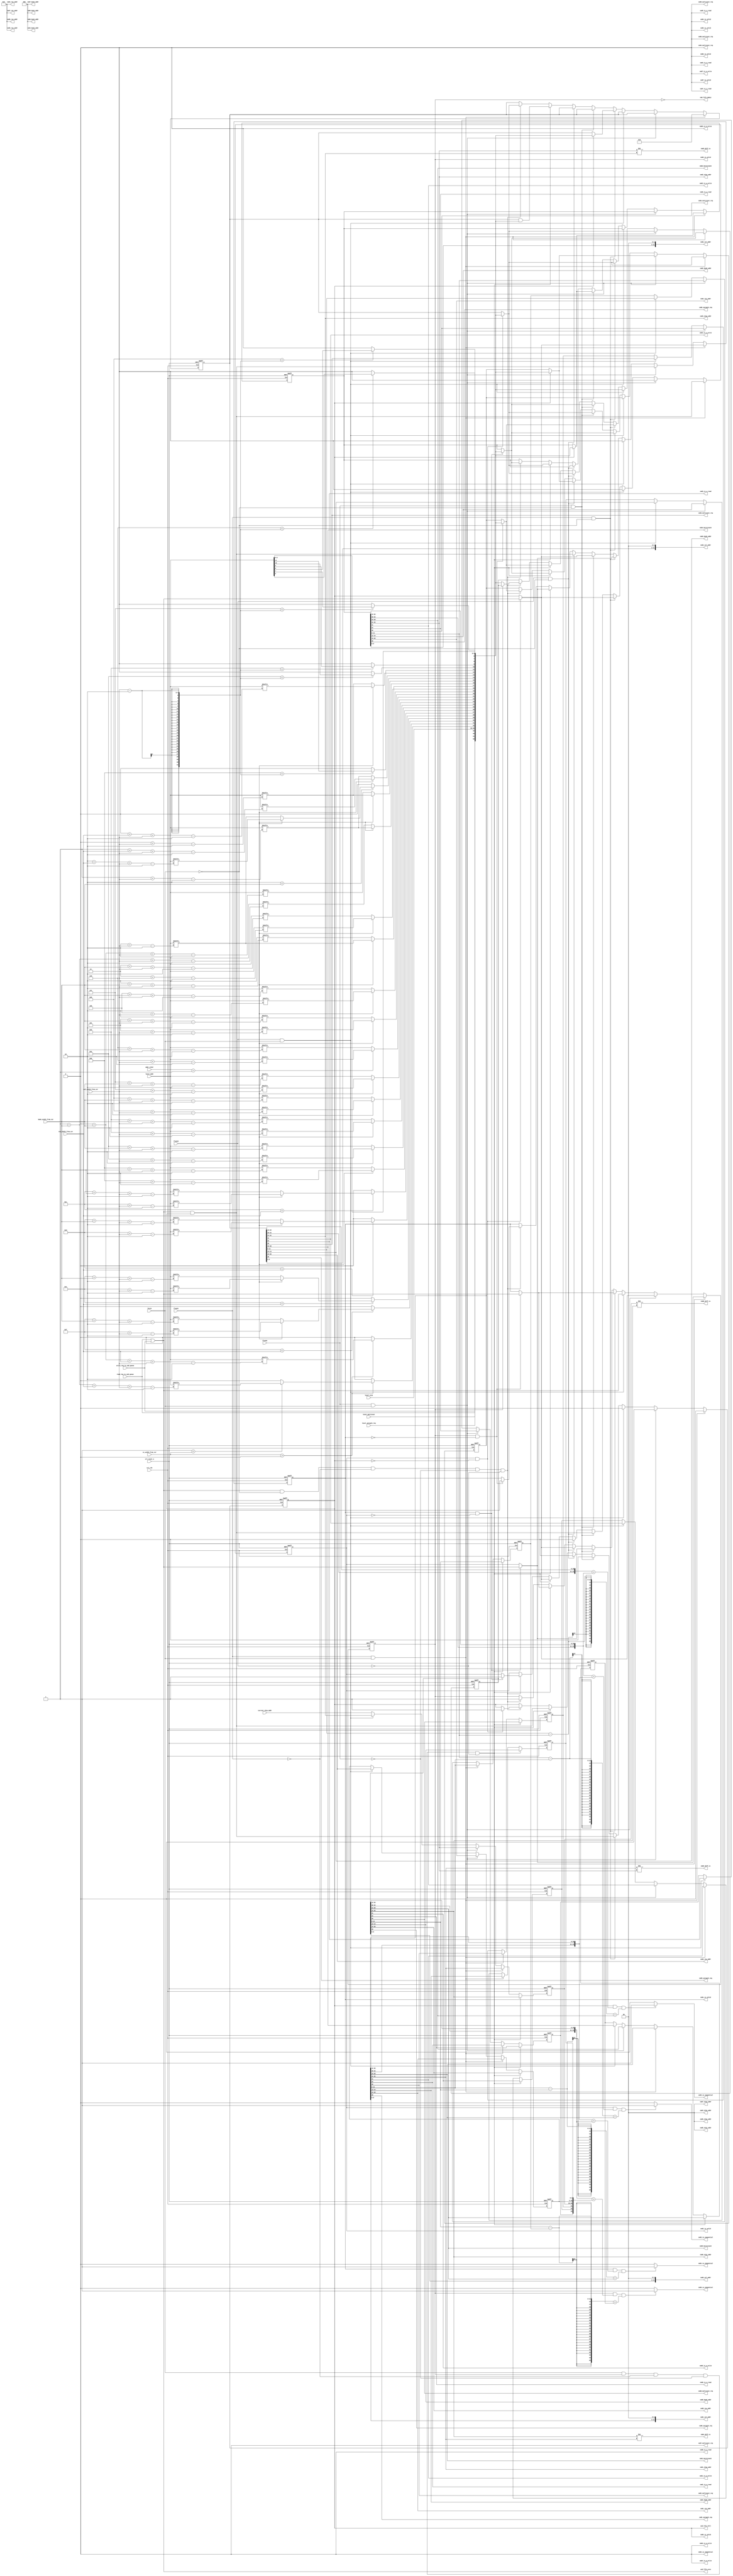
//Legal Notice: (C)2009 Altera Corporation. All rights reserved.  Your
//use of Altera Corporation's design tools, logic functions and other
//software and tools, and its AMPP partner logic functions, and any
//output files any of the foregoing (including device programming or
//simulation files), and any associated documentation or information are
//expressly subject to the terms and conditions of the Altera Program
//License Subscription Agreement or other applicable license agreement,
//including, without limitation, that your use is for the sole purpose
//of programming logic devices manufactured by Altera and sold by Altera
//or its authorized distributors.  Please refer to the applicable
//agreement for further details.

///////////////////////////////////////////////////////////////////////////////
// Title         : DDR controller Command Queue
//
//
// Abstract      : Store incoming commands
///////////////////////////////////////////////////////////////////////////////

`timescale 1 ps / 1 ps
module alt_ddrx_cmd_queue 
    # (parameter	 MEM_IF_CSR_COL_WIDTH        = 4,
                     MEM_IF_CSR_ROW_WIDTH        = 5,
                     MEM_IF_CSR_BANK_WIDTH       = 2,
                     MEM_IF_CSR_CS_WIDTH         = 2, 
                     CTL_CMD_QUEUE_DEPTH         = 4,  
                     CTL_LOOK_AHEAD_DEPTH        = 4, 
                     MEM_IF_ROW_WIDTH            = 16, 
                     MEM_IF_COL_WIDTH            = 12,  
                     MEM_IF_BA_WIDTH             = 3,  
                     MEM_IF_CHIP_BITS            = 2,  
                     LOCAL_ADDR_WIDTH            = 33, 
                     LOCAL_SIZE_WIDTH            = 6,
                     DWIDTH_RATIO                = 4,
                     MIN_COL                     = 8,
                     MIN_ROW                     = 12,
                     MIN_BANK                    = 2,
                     MIN_CS                      = 1
	 )                                        
     (
	//input
	ctl_clk       , 								
	ctl_reset_n   ,                                                 		                                                	        
	read_req_to_cmd_queue  ,                                               		
	write_req_to_cmd_queue ,                                               		
	local_size      ,                                               		
	local_autopch_req ,  
    local_multicast ,
	local_addr  	,                                               		
	                                                                                
	//input from CSR block                                          		
	addr_order,  
    col_width_from_csr,
	row_width_from_csr,
	bank_width_from_csr, 
	cs_width_from_csr,
	                                                                                
	//input from State Machine                                      		
	fetch,                                                     		      
	flush1,                                                     	        
	flush2,                                                     		
	flush3,                                                     		
                                                                        		
	//output                                                        		
	cmd_fifo_empty, 			                                        
	cmd_fifo_full,   
	cmd_fifo_wren,
    current_chip_addr,
    
	cmd0_is_a_read,                                                                 
	cmd0_is_a_write,                                                                
	cmd0_autopch_req,                                                            
	cmd0_burstcount,                                                                
	cmd0_chip_addr,                                                                 
	cmd0_row_addr,                                                                  
	cmd0_bank_addr,                                                                 
	cmd0_col_addr,	
	cmd0_is_sequential, 
	cmd0_is_valid,   
    cmd0_diff_cs,
    cmd0_multicast_req,
	                                                                                
	cmd1_is_a_read,                                                                 
	cmd1_is_a_write,  
    cmd1_autopch_req,                                                            
	cmd1_burstcount,  
	cmd1_chip_addr,                                                                 
	cmd1_row_addr,                                                                  
	cmd1_bank_addr,	
    cmd1_col_addr,
	cmd1_is_sequential,                                             		
	cmd1_is_valid,   
    cmd1_diff_cs,
    cmd1_multicast_req,
	                                                                                
	cmd2_is_a_read,                                                                 
	cmd2_is_a_write,  
    cmd2_autopch_req,                                                            
	cmd2_burstcount, 
    cmd2_chip_addr,                                                                 
	cmd2_row_addr,                                                                  
	cmd2_bank_addr,	
    cmd2_col_addr,
	cmd2_is_sequential,                                             		
	cmd2_is_valid,  
    cmd2_diff_cs,
    cmd2_multicast_req,
     
    cmd3_is_a_read,                                                                 
	cmd3_is_a_write,  
    cmd3_autopch_req,                                                            
	cmd3_burstcount,
    cmd3_col_addr,
    cmd3_is_sequential,
	cmd3_chip_addr,                                                                 
	cmd3_row_addr,                                                                  
	cmd3_bank_addr,		                                                                                                    		
	cmd3_is_valid, 
    cmd3_diff_cs,
	cmd3_multicast_req,
    
    cmd4_is_a_read,                                                                 
	cmd4_is_a_write,
    cmd4_is_sequential,
	cmd4_is_valid,                                                  		                                                           
	cmd4_chip_addr,                                                                 
	cmd4_row_addr,                                                  		
	cmd4_bank_addr,    
    cmd4_multicast_req,
	
    cmd5_is_a_read,                                                                 
	cmd5_is_a_write,
	cmd5_is_valid,                                                  		                                                          
	cmd5_chip_addr,                                                                 
	cmd5_row_addr,                                                  		
	cmd5_bank_addr,   
    cmd5_multicast_req,
	
    cmd6_is_a_read,                                                                 
	cmd6_is_a_write,
	cmd6_is_valid,                                                  		                                                         
	cmd6_chip_addr,                                                                 
	cmd6_row_addr,                                                  		
	cmd6_bank_addr,  
    cmd6_multicast_req,
	
    cmd7_is_a_read,                                                                 
	cmd7_is_a_write,
	cmd7_is_valid,                                                  		
	cmd7_chip_addr,                                                         
	cmd7_row_addr,                                                  		
	cmd7_bank_addr,
    cmd7_multicast_req
    ); 
    localparam   BUFFER_WIDTH         = 1 + 1 + 1 + 1 + LOCAL_SIZE_WIDTH + MEM_IF_CHIP_BITS + MEM_IF_BA_WIDTH + MEM_IF_ROW_WIDTH + MEM_IF_COL_WIDTH;
    localparam   THIS_ENTRY_WIDTH     = 1 + 1 + 1 + MEM_IF_CHIP_BITS + MEM_IF_BA_WIDTH + MEM_IF_ROW_WIDTH + MEM_IF_COL_WIDTH;
    localparam   MAX_COL              = MEM_IF_COL_WIDTH;
    localparam   MAX_ROW              = MEM_IF_ROW_WIDTH;
    localparam   MAX_BANK             = MEM_IF_BA_WIDTH;
    localparam   MAX_CS               = MEM_IF_CHIP_BITS;
    
    input                		          ctl_clk       	; 	// controller clock
    input                		          ctl_reset_n   	; 	// controller reset_n, synchronous to ctl_clk
	                 		              
	input 		     		              read_req_to_cmd_queue  	;
	input 		     		              write_req_to_cmd_queue 	;
	input [LOCAL_SIZE_WIDTH-1:0]          local_size      	;
	input		     		              local_autopch_req ;
    input                                 local_multicast   ;
	input [LOCAL_ADDR_WIDTH-1:0]          local_addr  	    ;
	output               		          cmd_fifo_empty	;      
	output               		          cmd_fifo_full	    ;    
    output                                cmd_fifo_wren     ;
	
	// input from CSR
	input [1:0]	addr_order;
    input [MEM_IF_CSR_COL_WIDTH-1:0]      col_width_from_csr;                      
	input [MEM_IF_CSR_ROW_WIDTH-1:0]      row_width_from_csr; 
    input [MEM_IF_CSR_BANK_WIDTH-1:0]     bank_width_from_csr; 
    input [MEM_IF_CSR_CS_WIDTH-1:0]       cs_width_from_csr; 
    
	//input from State Machine
	input 				                  fetch;	
	input 				                  flush1;
	input 				                  flush2;
	input 				                  flush3;
    input [MEM_IF_CHIP_BITS-1:0]          current_chip_addr;
	
	output               		          cmd0_is_valid;
	output 				                  cmd0_is_sequential;
    output                		          cmd0_is_a_read;
    output                		          cmd0_is_a_write;
	output		     		              cmd0_autopch_req;
    output [LOCAL_SIZE_WIDTH-1:0]         cmd0_burstcount;
    output [MEM_IF_CHIP_BITS-1:0]         cmd0_chip_addr;
	output [MEM_IF_ROW_WIDTH-1:0]         cmd0_row_addr;
	output [MEM_IF_BA_WIDTH-1:0]          cmd0_bank_addr;
	output [MEM_IF_COL_WIDTH-1:0]         cmd0_col_addr;
    output                                cmd0_diff_cs;
    output                                cmd0_multicast_req;
	
	output               		          cmd1_is_valid;
	output				                  cmd1_is_sequential;
    output                		          cmd1_is_a_read;
    output                		          cmd1_is_a_write;
    output		     		              cmd1_autopch_req;
    output [LOCAL_SIZE_WIDTH-1:0]         cmd1_burstcount;
    output [MEM_IF_COL_WIDTH-1:0]         cmd1_col_addr;
    output [MEM_IF_CHIP_BITS-1:0]         cmd1_chip_addr;
	output [MEM_IF_ROW_WIDTH-1:0]         cmd1_row_addr;
	output [MEM_IF_BA_WIDTH-1:0]          cmd1_bank_addr;
    output                                cmd1_diff_cs;
    output                                cmd1_multicast_req;
	
	output               		          cmd2_is_valid;
	output				                  cmd2_is_sequential;
    output                		          cmd2_is_a_read;
    output                		          cmd2_is_a_write;
    output		     		              cmd2_autopch_req;
    output [LOCAL_SIZE_WIDTH-1:0]         cmd2_burstcount;
    output [MEM_IF_COL_WIDTH-1:0]         cmd2_col_addr;
    output [MEM_IF_CHIP_BITS-1:0]         cmd2_chip_addr;
	output [MEM_IF_ROW_WIDTH-1:0]         cmd2_row_addr;
	output [MEM_IF_BA_WIDTH-1:0]          cmd2_bank_addr;
    output                                cmd2_diff_cs;
    output                                cmd2_multicast_req;
	
	output               		          cmd3_is_valid;
    output                                cmd3_is_sequential;
    output                		          cmd3_is_a_read;
    output                		          cmd3_is_a_write;
    output		     		              cmd3_autopch_req;
    output [LOCAL_SIZE_WIDTH-1:0]         cmd3_burstcount;
    output [MEM_IF_COL_WIDTH-1:0]         cmd3_col_addr;
    output [MEM_IF_CHIP_BITS-1:0]         cmd3_chip_addr;
	output [MEM_IF_ROW_WIDTH-1:0]         cmd3_row_addr;
	output [MEM_IF_BA_WIDTH-1:0]          cmd3_bank_addr;
    output                                cmd3_diff_cs;
    output                                cmd3_multicast_req;
	
    output                		          cmd4_is_a_read;
    output                		          cmd4_is_a_write;
    output                                cmd4_is_sequential;
	output               		          cmd4_is_valid;
	output [MEM_IF_CHIP_BITS-1:0]         cmd4_chip_addr;
	output [MEM_IF_ROW_WIDTH-1:0]         cmd4_row_addr;
	output [MEM_IF_BA_WIDTH-1:0]          cmd4_bank_addr;
    output                                cmd4_multicast_req;
    
    output                		          cmd5_is_a_read;
    output                		          cmd5_is_a_write;
	output               		          cmd5_is_valid;
	output [MEM_IF_CHIP_BITS-1:0]         cmd5_chip_addr;
	output [MEM_IF_ROW_WIDTH-1:0]         cmd5_row_addr; 
	output [MEM_IF_BA_WIDTH-1:0]          cmd5_bank_addr;
    output                                cmd5_multicast_req;
    
    output                		          cmd6_is_a_read;
    output                		          cmd6_is_a_write;
	output               		          cmd6_is_valid;
	output [MEM_IF_CHIP_BITS-1:0]         cmd6_chip_addr;
	output [MEM_IF_ROW_WIDTH-1:0]         cmd6_row_addr; 
	output [MEM_IF_BA_WIDTH-1:0]          cmd6_bank_addr;
    output                                cmd6_multicast_req;
    
    output                		          cmd7_is_a_read;
    output                		          cmd7_is_a_write;
	output               		          cmd7_is_valid;
	output [MEM_IF_CHIP_BITS-1:0]         cmd7_chip_addr;
	output [MEM_IF_ROW_WIDTH-1:0]         cmd7_row_addr; 
	output [MEM_IF_BA_WIDTH-1:0]          cmd7_bank_addr;
    output                                cmd7_multicast_req;
	
    integer                               n;
	integer                               j;
	integer                               k;
	integer                               m;
    
    reg [BUFFER_WIDTH-1:0]		          pipe[CTL_CMD_QUEUE_DEPTH-1:0];		
	reg 				                  pipefull[CTL_CMD_QUEUE_DEPTH-1:0];	
    reg [LOCAL_SIZE_WIDTH-1:0]            last_size;
    reg                                   last_read_req;
    reg                                   last_write_req;
    reg                                   last_multicast;
    reg [MEM_IF_CHIP_BITS-1:0]            last_chip_addr;
    reg [MEM_IF_ROW_WIDTH-1:0]            last_row_addr;
    reg [MEM_IF_BA_WIDTH-1:0]             last_bank_addr;
    reg [MEM_IF_COL_WIDTH-1:0]            last_col_addr;
	reg [MEM_IF_CHIP_BITS-1:0]            cs_addr  ;
	reg [MEM_IF_ROW_WIDTH-1:0]            row_addr ;
	reg [MEM_IF_BA_WIDTH-1:0]             bank_addr;
	reg [MEM_IF_COL_WIDTH-1:0]            col_addr ;
    reg [MEM_IF_COL_WIDTH-1:0]            col_width;
    reg [MEM_IF_ROW_WIDTH-1:0]            row_width;
    reg [MEM_IF_BA_WIDTH-1:0]             bank_width;
    reg [MEM_IF_COL_WIDTH-1:0]            col_num;
    reg [MEM_IF_ROW_WIDTH-1:0]            row_num;
    reg [MEM_IF_BA_WIDTH-1:0]             bank_num;
    
	wire [1:0]                           addr_order;
    wire [MEM_IF_CSR_COL_WIDTH-1:0]      col_width_from_csr;                      
	wire [MEM_IF_CSR_ROW_WIDTH-1:0]      row_width_from_csr; 
    wire [MEM_IF_CSR_BANK_WIDTH-1:0]     bank_width_from_csr; 
    wire [MEM_IF_CSR_CS_WIDTH-1:0]       cs_width_from_csr; 
    
	wire 		     		              read_req_to_cmd_queue  	;
	wire 		     		              write_req_to_cmd_queue 	;
	wire		     		              local_autopch_req ;
    wire                                  local_multicast;
	wire  [LOCAL_SIZE_WIDTH-1:0] 	      local_size;
	wire  [LOCAL_ADDR_WIDTH-1:0]   	      local_addr;
	wire				                  fetch;
	wire				                  flush1;
	wire				                  flush2;
	wire				                  flush3;
    wire  [MEM_IF_CHIP_BITS-1:0]          current_chip_addr;
    wire 				                  cmd_flush[2:0];
	wire [BUFFER_WIDTH-1:0]		          buffer_input;
	wire				                  valid_rreq;
	wire				                  wreq_to_fifo;  
	wire [MEM_IF_CHIP_BITS-1:0]           pipe_chip_addr     [CTL_LOOK_AHEAD_DEPTH-1:0];
	wire [MEM_IF_ROW_WIDTH-1:0]           pipe_row_addr      [CTL_LOOK_AHEAD_DEPTH-1:0];
	wire [MEM_IF_BA_WIDTH-1:0]            pipe_bank_addr     [CTL_LOOK_AHEAD_DEPTH-1:0];
	wire [MEM_IF_COL_WIDTH-1:0]           pipe_col_addr      [CTL_LOOK_AHEAD_DEPTH-1:0];
    wire                                  pipe_read_req      [CTL_LOOK_AHEAD_DEPTH-1:0];
    wire                                  pipe_write_req     [CTL_LOOK_AHEAD_DEPTH-1:0];
    wire                                  pipe_autopch_req   [CTL_LOOK_AHEAD_DEPTH-1:0];
    wire                                  pipe_multicast_req [CTL_LOOK_AHEAD_DEPTH-1:0];
    wire [LOCAL_SIZE_WIDTH-1:0]           pipe_burstcount    [CTL_LOOK_AHEAD_DEPTH-1:0];
    
	wire [THIS_ENTRY_WIDTH-1:0]           seq_entry[5:0];	           
    wire [LOCAL_SIZE_WIDTH-1:0]           prev_size[5:0];
	wire 				                  cmd_is_seq[4:0];		      
	wire [THIS_ENTRY_WIDTH-1:0]           minus_addr [4:0];

    wire                                  cmd_fifo_wren;
	wire				                  cmd0_is_valid;
	wire				                  cmd0_is_sequential;
	wire                		          cmd0_is_a_read;
	wire                		          cmd0_is_a_write;
	wire		     		              cmd0_autopch_req;
	wire [LOCAL_SIZE_WIDTH-1:0]           cmd0_burstcount;
	wire [MEM_IF_CHIP_BITS-1:0]           cmd0_chip_addr;
	wire [MEM_IF_ROW_WIDTH-1:0]           cmd0_row_addr;
	wire [MEM_IF_BA_WIDTH-1:0]            cmd0_bank_addr;
	wire [MEM_IF_COL_WIDTH-1:0]           cmd0_col_addr;
    wire                                  cmd0_diff_cs;
    wire                                  cmd0_multicast_req;

	wire               		              cmd1_is_valid;
	wire				                  cmd1_is_sequential;
    wire                		          cmd1_is_a_read;
    wire                		          cmd1_is_a_write;
    wire		     		              cmd1_autopch_req;
	wire [LOCAL_SIZE_WIDTH-1:0]           cmd1_burstcount;
    wire [MEM_IF_COL_WIDTH-1:0]           cmd1_col_addr;
    wire [MEM_IF_CHIP_BITS-1:0]           cmd1_chip_addr;
	wire [MEM_IF_ROW_WIDTH-1:0]           cmd1_row_addr;
	wire [MEM_IF_BA_WIDTH-1:0]            cmd1_bank_addr;
    wire                                  cmd1_diff_cs;
    wire                                  cmd1_multicast_req;

	wire               		              cmd2_is_valid;
	wire				                  cmd2_is_sequential;
    wire                		          cmd2_is_a_read;
    wire                		          cmd2_is_a_write;
    wire		     		              cmd2_autopch_req;
	wire [LOCAL_SIZE_WIDTH-1:0]           cmd2_burstcount;
    wire [MEM_IF_COL_WIDTH-1:0]           cmd2_col_addr;
    wire [MEM_IF_CHIP_BITS-1:0]           cmd2_chip_addr;
	wire [MEM_IF_ROW_WIDTH-1:0]           cmd2_row_addr;
	wire [MEM_IF_BA_WIDTH-1:0]            cmd2_bank_addr;
    wire                                  cmd2_diff_cs;
    wire                                  cmd2_multicast_req;

	wire               		              cmd3_is_valid;
    wire                                  cmd3_is_sequential;
    wire                		          cmd3_is_a_read;
    wire                		          cmd3_is_a_write;
    wire		     		              cmd3_autopch_req;
	wire [LOCAL_SIZE_WIDTH-1:0]           cmd3_burstcount;
    wire [MEM_IF_COL_WIDTH-1:0]           cmd3_col_addr;
    wire [MEM_IF_CHIP_BITS-1:0]           cmd3_chip_addr;
	wire [MEM_IF_ROW_WIDTH-1:0]           cmd3_row_addr;
	wire [MEM_IF_BA_WIDTH-1:0]            cmd3_bank_addr;
    wire                                  cmd3_diff_cs;
    wire                                  cmd3_multicast_req;
    
    wire                		          cmd4_is_a_read;
    wire                		          cmd4_is_a_write;
	wire               		              cmd4_is_valid;
    wire [MEM_IF_COL_WIDTH-1:0]           cmd4_col_addr;
	wire [MEM_IF_CHIP_BITS-1:0]           cmd4_chip_addr;
	wire [MEM_IF_ROW_WIDTH-1:0]           cmd4_row_addr; 
	wire [MEM_IF_BA_WIDTH-1:0]            cmd4_bank_addr;
    wire                                  cmd4_multicast_req;
    
    wire                		          cmd5_is_a_read;
    wire                		          cmd5_is_a_write;
	wire               		              cmd5_is_valid;
    wire [MEM_IF_COL_WIDTH-1:0]           cmd5_col_addr;
	wire [MEM_IF_CHIP_BITS-1:0]           cmd5_chip_addr;
	wire [MEM_IF_ROW_WIDTH-1:0]           cmd5_row_addr; 
	wire [MEM_IF_BA_WIDTH-1:0]            cmd5_bank_addr;
    wire                                  cmd5_multicast_req;
    
    wire                		          cmd6_is_a_read;
    wire                		          cmd6_is_a_write;
	wire               		              cmd6_is_valid;
    wire [MEM_IF_COL_WIDTH-1:0]           cmd6_col_addr;
	wire [MEM_IF_CHIP_BITS-1:0]           cmd6_chip_addr;
	wire [MEM_IF_ROW_WIDTH-1:0]           cmd6_row_addr; 
	wire [MEM_IF_BA_WIDTH-1:0]            cmd6_bank_addr;
    wire                                  cmd6_multicast_req;
    
    wire                		          cmd7_is_a_read;
    wire                		          cmd7_is_a_write;
	wire               		              cmd7_is_valid;
   	wire [MEM_IF_COL_WIDTH-1:0]           cmd7_col_addr;
	wire [MEM_IF_CHIP_BITS-1:0]           cmd7_chip_addr;
	wire [MEM_IF_ROW_WIDTH-1:0]           cmd7_row_addr; 
	wire [MEM_IF_BA_WIDTH-1:0]            cmd7_bank_addr;
    wire                                  cmd7_multicast_req;
    
    wire                                  check_cs[3:0];

    genvar 			      	              i;     
    
//=======================   local_addr remapping   ===========================
        //derive column address from local_addr
        always @(*) 
        begin : Col_addr_loop
            col_addr[MIN_COL - DWIDTH_RATIO/2 - 1 : 0] = local_addr[MIN_COL - DWIDTH_RATIO/2 - 1 : 0];    
            for (n=MIN_COL - DWIDTH_RATIO/2; n<MAX_COL; n=n+1'b1) begin
                if(n < col_width_from_csr - DWIDTH_RATIO/2) begin // bit of col_addr can be configured in CSR using col_width_from_csr
                     col_addr[n] = local_addr[n]; 
                end
                else begin
                     col_addr[n] = 1'b0; 
                end    
            end
        end
        
        //derive row address from local_addr
        always @(*) 
        begin : Row_addr_loop
            for (j=0; j<MIN_ROW; j=j+1'b1) begin    //The purpose of using this for-loop is to get rid of "if(j < row_width_from_csr) begin" which causes multiplexers
                if(addr_order == 2'd1)  // local_addr can arrange in 2 patterns depending on addr_order (i) cs, bank, row, col (ii) cs, row, bank, col
                        row_addr[j] = local_addr[j + col_width_from_csr - DWIDTH_RATIO/2];  //address order pattern 1
                else  // addr_order == 2'd0 or others
                        row_addr[j] = local_addr[j + bank_width_from_csr + col_width_from_csr - DWIDTH_RATIO/2]; //address order pattern 2
            end
            for (j=MIN_ROW; j<MAX_ROW; j=j+1'b1) begin               
                if(j < row_width_from_csr) begin    // bit of row_addr can be configured in CSR using row_width_from_csr
                    if(addr_order == 2'd1)
                        row_addr[j] = local_addr[j + col_width_from_csr - DWIDTH_RATIO/2]; //address order pattern 1
                    else  // addr_order == 2'd0 or others
                        row_addr[j] = local_addr[j + bank_width_from_csr + col_width_from_csr - DWIDTH_RATIO/2]; //address order pattern 2
                end
                else begin
                    row_addr[j] = 1'b0;  
                end
            end
        end
        
        always @(*) 
        begin : Bank_addr_loop
            for (k=0; k<MIN_BANK; k=k+1'b1) begin    //The purpose of using this for-loop is to get rid of "if(k < bank_width_from_csr) begin" which causes multiplexers
                if(addr_order == 2'd1) // local_addr can arrange in 2 patterns depending on addr_order (i) cs, bank, row, col (ii) cs, row, bank, col
                        bank_addr[k] = local_addr[k + row_width_from_csr + col_width_from_csr - DWIDTH_RATIO/2]; //address order pattern 1
                    else  // addr_order == 2'd0 or others
                        bank_addr[k] = local_addr[k + col_width_from_csr - DWIDTH_RATIO/2]; //address order pattern 2
            end
            for (k=MIN_BANK; k<MAX_BANK; k=k+1'b1) begin               
                if(k < bank_width_from_csr) begin   // bit of bank_addr can be configured in CSR using bank_width_from_csr
                    if(addr_order == 2'd1)
                        bank_addr[k] = local_addr[k + row_width_from_csr + col_width_from_csr - DWIDTH_RATIO/2]; //address order pattern 1
                    else  // addr_order == 2'd0 or others
                        bank_addr[k] = local_addr[k + col_width_from_csr - DWIDTH_RATIO/2]; //address order pattern 2
                end
                else begin
                    bank_addr[k] = 1'b0; 
                end
             end
        end
          
            always @(*) 
            begin
                m=0;
                if (cs_width_from_csr > 1'b0) begin    //if cs_width_from_csr =< 1'b1, local_addr doesn't have cs_addr bit
                    for (m=0; m<MIN_CS; m=m+1'b1) begin  //The purpose of using this for-loop is to get rid of "if(m < cs_width_from_csr) begin" which causes multiplexers
                        cs_addr[m] = local_addr[m + bank_width_from_csr + row_width_from_csr + col_width_from_csr - DWIDTH_RATIO/2]; 
                    end
                    for (m=MIN_CS; m<MAX_CS; m=m+1'b1) begin                
                        if(m < cs_width_from_csr) begin     // bit of cs_addr can be configured in CSR using cs_width_from_csr
                            cs_addr[m] = local_addr[m + bank_width_from_csr + row_width_from_csr + col_width_from_csr - DWIDTH_RATIO/2]; 
                        end    
                        else begin
                            cs_addr[m] = 1'b0;
                        end
                    end
                end
                else begin 
                    cs_addr = {MEM_IF_CHIP_BITS{1'b0}}; //if MEM_IF_CS_WIDTH = 1, then set cs_addr to 0 (one chip, one rank)
                end
            end   
           
//=====================   end of local_addr remapping   =========================

// mapping of buffer_input
	assign buffer_input = {read_req_to_cmd_queue,write_req_to_cmd_queue,local_multicast,local_autopch_req,local_size,cs_addr,row_addr,bank_addr,col_addr};
	
//======================  Bus to output signals mapping   =======================
	//pipe address
	generate for(i=0; i<CTL_LOOK_AHEAD_DEPTH; i=i+1) begin : pipe_address_loop
        assign pipe_read_req[i]         = pipe[i][BUFFER_WIDTH-1];
        assign pipe_write_req[i]        = pipe[i][BUFFER_WIDTH-2];
        assign pipe_multicast_req[i]    = pipe[i][BUFFER_WIDTH-3];
        assign pipe_autopch_req[i]      = pipe[i][BUFFER_WIDTH-4];
        assign pipe_burstcount[i]       = pipe[i][LOCAL_SIZE_WIDTH + MEM_IF_CHIP_BITS + MEM_IF_ROW_WIDTH  + MEM_IF_BA_WIDTH + MEM_IF_COL_WIDTH - 1 : MEM_IF_CHIP_BITS + MEM_IF_ROW_WIDTH  + MEM_IF_BA_WIDTH + MEM_IF_COL_WIDTH];
        assign pipe_chip_addr[i]        = pipe[i][MEM_IF_CHIP_BITS + MEM_IF_ROW_WIDTH  + MEM_IF_BA_WIDTH + MEM_IF_COL_WIDTH - 1 : MEM_IF_ROW_WIDTH  + MEM_IF_BA_WIDTH + MEM_IF_COL_WIDTH];
        assign pipe_row_addr[i]         = pipe[i][MEM_IF_ROW_WIDTH  + MEM_IF_BA_WIDTH + MEM_IF_COL_WIDTH - 1 : MEM_IF_BA_WIDTH + MEM_IF_COL_WIDTH];
        assign pipe_bank_addr[i]        = pipe[i][MEM_IF_BA_WIDTH + MEM_IF_COL_WIDTH - 1 : MEM_IF_COL_WIDTH];
        assign pipe_col_addr[i]         = pipe[i][MEM_IF_COL_WIDTH - 1 : 0];
    end
	endgenerate 

    assign cmd0_is_a_read               = pipe_read_req   [0];
	assign cmd0_is_a_write              = pipe_write_req  [0];
    assign cmd0_multicast_req           = pipe_multicast_req [0];
	assign cmd0_autopch_req             = pipe_autopch_req[0];
	assign cmd0_burstcount              = pipe_burstcount [0];
	assign cmd0_chip_addr               = pipe_chip_addr  [0];
	assign cmd0_row_addr                = pipe_row_addr   [0];
	assign cmd0_bank_addr               = pipe_bank_addr  [0];
	assign cmd0_col_addr                = (pipe[0][MEM_IF_COL_WIDTH - 1 : 0] << (log2 (DWIDTH_RATIO)));
	assign cmd0_is_valid                = pipefull[0];  
    
	assign cmd1_is_a_read               = pipe_read_req   [1]   ;
	assign cmd1_is_a_write              = pipe_write_req  [1]   ;
    assign cmd1_multicast_req           = pipe_multicast_req [1];
    assign cmd1_autopch_req             = pipe_autopch_req[1]   ;
	assign cmd1_burstcount              = pipe_burstcount [1]   ;
	assign cmd1_chip_addr               = pipe_chip_addr  [1]   ;
	assign cmd1_row_addr                = pipe_row_addr   [1]   ;
	assign cmd1_bank_addr               = pipe_bank_addr  [1]   ;
	assign cmd1_col_addr                = (pipe[1][MEM_IF_COL_WIDTH - 1 : 0] << (log2 (DWIDTH_RATIO)));
    assign cmd1_is_valid                = pipefull[1];
    
	assign cmd2_is_a_read               = pipe_read_req   [2]   ;
	assign cmd2_is_a_write              = pipe_write_req  [2]   ;
    assign cmd2_multicast_req           = pipe_multicast_req [2];
    assign cmd2_autopch_req             = pipe_autopch_req[2]   ;
	assign cmd2_burstcount              = pipe_burstcount [2]   ;
	assign cmd2_chip_addr               = pipe_chip_addr  [2]   ;
	assign cmd2_row_addr                = pipe_row_addr   [2]   ;
	assign cmd2_bank_addr               = pipe_bank_addr  [2]   ;
	assign cmd2_col_addr                = (pipe[2][MEM_IF_COL_WIDTH - 1 : 0] << (log2 (DWIDTH_RATIO)));
    assign cmd2_is_valid                = pipefull[2];
    
	assign cmd3_is_a_read               = pipe_read_req   [3]   ;
	assign cmd3_is_a_write              = pipe_write_req  [3]   ;
    assign cmd3_multicast_req           = pipe_multicast_req [3];
    assign cmd3_autopch_req             = pipe_autopch_req[3]   ;
	assign cmd3_burstcount              = pipe_burstcount [3]   ;
	assign cmd3_chip_addr               = pipe_chip_addr  [3]   ;
	assign cmd3_row_addr                = pipe_row_addr   [3]   ;
	assign cmd3_bank_addr               = pipe_bank_addr  [3]   ;
	assign cmd3_col_addr                = (pipe[3][MEM_IF_COL_WIDTH - 1 : 0] << (log2 (DWIDTH_RATIO)));
    assign cmd3_is_valid                = pipefull[3];    

	//subsequent entry
	generate if (CTL_LOOK_AHEAD_DEPTH == 6) begin
            assign cmd4_is_a_read      = pipe_read_req [4];
            assign cmd4_is_a_write     = pipe_write_req[4];
			assign cmd4_chip_addr      = pipe_chip_addr[4];
			assign cmd4_row_addr       = pipe_row_addr [4];
			assign cmd4_bank_addr      = pipe_bank_addr[4];   
            assign cmd4_multicast_req  = pipe_multicast_req [4];
			assign cmd4_is_valid       = pipefull[4];
            
            assign cmd5_is_a_read      = pipe_read_req [5];
            assign cmd5_is_a_write     = pipe_write_req[5];
			assign cmd5_chip_addr      = pipe_chip_addr[5];
			assign cmd5_row_addr       = pipe_row_addr [5];
			assign cmd5_bank_addr      = pipe_bank_addr[5];
            assign cmd5_multicast_req  = pipe_multicast_req [5];
			assign cmd5_is_valid       = pipefull[5];
            
            assign cmd6_is_a_read      = 0;
            assign cmd6_is_a_write     = 0;
			assign cmd6_chip_addr      = 0;
			assign cmd6_row_addr       = 0;
			assign cmd6_bank_addr      = 0; 
            assign cmd6_multicast_req  = 0;
			assign cmd6_is_valid       = 0;
            
            assign cmd7_is_a_read      = 0;
            assign cmd7_is_a_write     = 0;
			assign cmd7_chip_addr      = 0;
			assign cmd7_row_addr       = 0;
			assign cmd7_bank_addr      = 0;
            assign cmd7_multicast_req  = 0;
            assign cmd7_is_valid       = 0;
	    end
	    
	    else if (CTL_LOOK_AHEAD_DEPTH == 8) begin
            assign cmd4_is_a_read      = pipe_read_req [4];
            assign cmd4_is_a_write     = pipe_write_req[4];
			assign cmd4_chip_addr      = pipe_chip_addr[4];
			assign cmd4_row_addr       = pipe_row_addr [4];
			assign cmd4_bank_addr      = pipe_bank_addr[4];   
            assign cmd4_multicast_req  = pipe_multicast_req [4];
			assign cmd4_is_valid       = pipefull[4];
            
            assign cmd5_is_a_read      = pipe_read_req [5];
            assign cmd5_is_a_write     = pipe_write_req[5];
			assign cmd5_chip_addr      = pipe_chip_addr[5];
			assign cmd5_row_addr       = pipe_row_addr [5];
			assign cmd5_bank_addr      = pipe_bank_addr[5];
            assign cmd5_multicast_req  = pipe_multicast_req [5];
			assign cmd5_is_valid       = pipefull[5];
            
            assign cmd6_is_a_read      = pipe_read_req [6];
            assign cmd6_is_a_write     = pipe_write_req[6];
			assign cmd6_chip_addr      = pipe_chip_addr[6];  
			assign cmd6_row_addr       = pipe_row_addr [6];  
			assign cmd6_bank_addr      = pipe_bank_addr[6];   
            assign cmd6_multicast_req  = pipe_multicast_req [6];
			assign cmd6_is_valid       = pipefull[6];
            
            assign cmd7_is_a_read      = pipe_read_req [7];
            assign cmd7_is_a_write     = pipe_write_req[7];
			assign cmd7_chip_addr      = pipe_chip_addr[7];  
			assign cmd7_row_addr       = pipe_row_addr [7];  
			assign cmd7_bank_addr      = pipe_bank_addr[7];   
            assign cmd7_multicast_req  = pipe_multicast_req [7];
	        assign cmd7_is_valid       = pipefull[7];
        end
	    
	    else begin
            assign cmd4_is_a_read      = 0;
            assign cmd4_is_a_write     = 0;
		    assign cmd4_chip_addr      = 0;
			assign cmd4_row_addr       = 0;
			assign cmd4_bank_addr      = 0;
            assign cmd4_multicast_req  = 0;
			assign cmd4_is_valid       = 0;
            
            assign cmd5_is_a_read      = 0;
            assign cmd5_is_a_write     = 0;
			assign cmd5_chip_addr      = 0;
			assign cmd5_row_addr       = 0;
			assign cmd5_bank_addr      = 0;
            assign cmd5_multicast_req  = 0;
			assign cmd5_is_valid       = 0;
            
            assign cmd6_is_a_read      = 0;
            assign cmd6_is_a_write     = 0;
			assign cmd6_chip_addr      = 0;
			assign cmd6_row_addr       = 0;
			assign cmd6_bank_addr      = 0;
            assign cmd6_multicast_req  = 0;
			assign cmd6_is_valid       = 0;
            
            assign cmd7_is_a_read      = 0;
            assign cmd7_is_a_write     = 0;
			assign cmd7_chip_addr      = 0;
			assign cmd7_row_addr       = 0;
			assign cmd7_bank_addr      = 0;
            assign cmd7_multicast_req  = 0;
	        assign cmd7_is_valid       = 0;
	    end
	endgenerate
    
//======================  end of Bus to output signals mapping   ================  
	
//======================   sequential address detector   ========================
	
	//push cmd entry [0,1,2,3,4] to seq_entry [1,2,3,4,5]			
	generate 
        if (CTL_LOOK_AHEAD_DEPTH > 4) begin
            for(i=1; i<6; i=i+1) begin : seq_entry_loop1
                assign seq_entry[i] = {pipe_read_req[i-1],pipe_write_req[i-1],pipe_multicast_req[i-1],pipe_chip_addr[i-1],pipe_row_addr[i-1],pipe_bank_addr[i-1],pipe_col_addr[i-1]};
                assign prev_size[i] = pipe_burstcount[i-1];
            end
        end
        else begin
            for(i=1; i<5; i=i+1) begin : seq_entry_loop2
                assign seq_entry[i] = {pipe_read_req[i-1],pipe_write_req[i-1],pipe_multicast_req[i-1],pipe_chip_addr[i-1],pipe_row_addr[i-1],pipe_bank_addr[i-1],pipe_col_addr[i-1]};
                assign prev_size[i] = pipe_burstcount[i-1];
            end
                assign seq_entry[5] = 0;
                assign prev_size[5] = 0;
        end
	endgenerate 
    
	//push last_entry_written to seq_entry [0]
	assign seq_entry[0] = {last_read_req,last_write_req,last_multicast,last_chip_addr,last_row_addr,last_bank_addr,last_col_addr};
    assign prev_size[0] = last_size;
    
    //Check seq_entry of last_entry_written with pipe[0], pipe[0] with pipe[1], pipe[1] with pipe[2], pipe[2] with pipe[3], pipe[3] with pipe[4], pipe[4] with pipe[5]
    //(i) Make sure pipe_read_req, pipe_write_req, pipe_chip_addr, pipe_row_addr, pipe_bank_addr of two sequential addresses should be equal 
    //(ii) Make sure the difference between two sequential addresses is equal to the local_size from the later command
    //(iii) Make sure that the later command is a valid command.
    generate 
        if (CTL_LOOK_AHEAD_DEPTH > 4) begin
            for (i=0; i<5; i=i+1) begin : cmd_is_seq_loop1     
                assign minus_addr[i] = (seq_entry[i+1][MEM_IF_COL_WIDTH-1 : 0]) - (seq_entry[i][MEM_IF_COL_WIDTH-1 : 0]);
                assign cmd_is_seq[i] = pipefull[i] & (seq_entry[i+1][THIS_ENTRY_WIDTH-1 : MEM_IF_COL_WIDTH] == seq_entry[i][THIS_ENTRY_WIDTH-1 : MEM_IF_COL_WIDTH]) 
                                                    & (minus_addr[i] == prev_size[i])? 1'b1: 1'b0;
            end
        end
        else begin
            for (i=0; i<4; i=i+1) begin : cmd_is_seq_loop2      
                assign minus_addr[i] = (seq_entry[i+1][MEM_IF_COL_WIDTH-1 : 0]) - (seq_entry[i][MEM_IF_COL_WIDTH-1 : 0]);
                assign cmd_is_seq[i] = pipefull[i] & (seq_entry[i+1][THIS_ENTRY_WIDTH-1 : MEM_IF_COL_WIDTH] == seq_entry[i][THIS_ENTRY_WIDTH-1 : MEM_IF_COL_WIDTH]) 
                                                    & (minus_addr[i] == prev_size[i])? 1'b1: 1'b0;
            end
                assign minus_addr[4] = 0;
                assign cmd_is_seq[4] = 0;
        end
	endgenerate 
    
    generate 
        if (CTL_LOOK_AHEAD_DEPTH > 4) begin
            assign cmd0_is_sequential = cmd_is_seq[0];
            assign cmd1_is_sequential = cmd_is_seq[1];
            assign cmd2_is_sequential = cmd_is_seq[2];
            assign cmd3_is_sequential = cmd_is_seq[3];
            assign cmd4_is_sequential = cmd_is_seq[4];
        end
        else begin
            assign cmd0_is_sequential = cmd_is_seq[0];
            assign cmd1_is_sequential = cmd_is_seq[1];
            assign cmd2_is_sequential = cmd_is_seq[2];
            assign cmd3_is_sequential = cmd_is_seq[3];
            assign cmd4_is_sequential = 0;
        end
    endgenerate 
    
    assign cmd0_diff_cs = check_cs[0];
    assign cmd1_diff_cs = check_cs[1];
    assign cmd2_diff_cs = check_cs[2];
    assign cmd3_diff_cs = check_cs[3];
    
    assign check_cs[0] = (last_chip_addr != pipe_chip_addr[0]); 
        
    generate for(i=1; i<4; i=i+1) begin : check_cs_4_loop
            assign check_cs[i] = (pipe_chip_addr[i-1] != pipe_chip_addr[i]); 
    	end
	endgenerate 

	
//===================   end of sequential address detector   ====================

//===============================    queue    ===================================
    
	assign cmd_flush[0] = flush1;
	assign cmd_flush[1] = flush2; 
	assign cmd_flush[2] = flush3; 
    
    // avalon_write_req & avalon_read_req is AND with internal_ready in alt_ddrx_avalon_if.v
    assign wreq_to_fifo = (read_req_to_cmd_queue) | (write_req_to_cmd_queue);
    assign cmd_fifo_wren = (read_req_to_cmd_queue) | (write_req_to_cmd_queue);
	assign valid_rreq = fetch & !cmd_fifo_empty & !cmd_flush[0] & !cmd_flush[1] & !cmd_flush[2];	//fetch first entry, no flush
	assign cmd_fifo_empty = !pipefull[0];
	assign cmd_fifo_full = pipefull[CTL_CMD_QUEUE_DEPTH-1];	
      
        //Last pipeline entry
    always @(posedge ctl_clk or negedge ctl_reset_n) begin   
         if (!ctl_reset_n) begin
             last_read_req      <= 1'b0; 
             last_write_req     <= 1'b0; 
             last_chip_addr     <= {MEM_IF_CHIP_BITS{1'b0}}; 
             last_row_addr      <= {MEM_IF_ROW_WIDTH{1'b0}}; 
             last_bank_addr     <= {MEM_IF_BA_WIDTH{1'b0}}; 
             last_col_addr      <= {MEM_IF_COL_WIDTH{1'b0}}; 
             last_size          <= {LOCAL_SIZE_WIDTH{1'b0}}; 
             last_multicast     <= 1'b0;
         end
         else  if (valid_rreq) begin			 
                    last_read_req   <= pipe_read_req     [0];
                    last_write_req  <= pipe_write_req    [0];
                    last_chip_addr  <= pipe_chip_addr    [0];
                    last_row_addr   <= pipe_row_addr     [0];
                    last_bank_addr  <= pipe_bank_addr    [0];
                    last_col_addr   <= pipe_col_addr     [0];
                    last_size       <= pipe_burstcount   [0];
                    last_multicast  <= pipe_multicast_req[0];
         end
         else if (cmd_flush[0] & fetch) begin	
                  last_read_req   <= pipe_read_req     [1];
                  last_write_req  <= pipe_write_req    [1];
                  last_chip_addr  <= pipe_chip_addr    [1];
                  last_row_addr   <= pipe_row_addr     [1];
                  last_bank_addr  <= pipe_bank_addr    [1];
                  last_col_addr   <= pipe_col_addr     [1];
                  last_size       <= pipe_burstcount   [1];
                  last_multicast  <= pipe_multicast_req[1];
         end 
         else if (cmd_flush[1] & fetch) begin	
                  last_read_req   <= pipe_read_req     [2];
                  last_write_req  <= pipe_write_req    [2];
                  last_chip_addr  <= pipe_chip_addr    [2];
                  last_row_addr   <= pipe_row_addr     [2];
                  last_bank_addr  <= pipe_bank_addr    [2];
                  last_col_addr   <= pipe_col_addr     [2];
                  last_size       <= pipe_burstcount   [2];
                  last_multicast  <= pipe_multicast_req[2];
         end 
         else if (cmd_flush[2] & fetch) begin	
                  last_read_req   <= pipe_read_req     [3];
                  last_write_req  <= pipe_write_req    [3];
                  last_chip_addr  <= pipe_chip_addr    [3];
                  last_row_addr   <= pipe_row_addr     [3];
                  last_bank_addr  <= pipe_bank_addr    [3];
                  last_col_addr   <= pipe_col_addr     [3];
                  last_size       <= pipe_burstcount   [3];
                  last_multicast  <= pipe_multicast_req[3];
         end 
         else begin
                 last_chip_addr  <= current_chip_addr;
                 last_read_req   <= last_read_req ;
                 last_write_req  <= last_write_req;
                 last_row_addr   <= last_row_addr ;
                 last_bank_addr  <= last_bank_addr;
                 last_col_addr   <= last_col_addr ;
                 last_size       <= last_size;
                 last_multicast  <= last_multicast;
         end   
    end

    generate if(CTL_CMD_QUEUE_DEPTH > 4) begin
        //pipefull register chain
        //feed 0 to pipefull entry that is empty
        always @(posedge ctl_clk or negedge ctl_reset_n) begin
            if (!ctl_reset_n) begin
                for(j=0; j<CTL_CMD_QUEUE_DEPTH; j=j+1) begin
                    pipefull[j] <= 1'b0;
                end
            end
            else 
                if (cmd_flush[0] & fetch) begin   
                    for(j=0; j<CTL_CMD_QUEUE_DEPTH-2; j=j+1) begin
                        if(pipefull[j+2] == 1'b0 & pipefull[j+1] == 1'b1)
                            pipefull[j] <= wreq_to_fifo;
                        else
                            pipefull[j] <= pipefull[j+2];
                    end
                    pipefull[CTL_CMD_QUEUE_DEPTH-1] <= 1'b0;
                    pipefull[CTL_CMD_QUEUE_DEPTH-2] <= wreq_to_fifo & pipefull[CTL_CMD_QUEUE_DEPTH-1];
                end 
                else if (cmd_flush[1] & fetch) begin  
                    for(j=0; j<CTL_CMD_QUEUE_DEPTH-3; j=j+1) begin
                        if(pipefull[j+3] == 1'b0 & pipefull[j+2] == 1'b1)
                            pipefull[j] <= wreq_to_fifo;
                        else
                            pipefull[j] <= pipefull[j+3];
                    end
                    pipefull[CTL_CMD_QUEUE_DEPTH-1] <= 1'b0;
                    pipefull[CTL_CMD_QUEUE_DEPTH-2] <= 1'b0;
                    pipefull[CTL_CMD_QUEUE_DEPTH-3] <= wreq_to_fifo & pipefull[CTL_CMD_QUEUE_DEPTH-1];
                end
                else if (cmd_flush[2] & fetch) begin  
                    for(j=0; j<CTL_CMD_QUEUE_DEPTH-4; j=j+1) begin
                        if(pipefull[j+4] == 1'b0 & pipefull[j+3] == 1'b1)
                            pipefull[j] <= wreq_to_fifo;
                        else
                            pipefull[j] <= pipefull[j+4];
                    end
                    pipefull[CTL_CMD_QUEUE_DEPTH-1] <= 1'b0;
                    pipefull[CTL_CMD_QUEUE_DEPTH-2] <= 1'b0;
                    pipefull[CTL_CMD_QUEUE_DEPTH-3] <= 1'b0;
                    pipefull[CTL_CMD_QUEUE_DEPTH-4] <= wreq_to_fifo & pipefull[CTL_CMD_QUEUE_DEPTH-1];
                end
                else if (cmd_flush[0] & !fetch) begin   
                    for(j=0; j<CTL_CMD_QUEUE_DEPTH-1; j=j+1) begin
                        if(pipefull[j+1] == 1'b0 & pipefull[j] == 1'b1)
                            pipefull[j] <= wreq_to_fifo;
                        else
                            pipefull[j] <= pipefull[j+1];
                    end
                    pipefull[CTL_CMD_QUEUE_DEPTH-1] <= wreq_to_fifo & pipefull[CTL_CMD_QUEUE_DEPTH-1];
                end 
                else if (cmd_flush[1] & !fetch) begin  
                    for(j=0; j<CTL_CMD_QUEUE_DEPTH-2; j=j+1) begin
                        if(pipefull[j+2] == 1'b0 & pipefull[j+1] == 1'b1)
                            pipefull[j] <= wreq_to_fifo;
                        else
                            pipefull[j] <= pipefull[j+2];
                    end
                    pipefull[CTL_CMD_QUEUE_DEPTH-1] <= 1'b0;
                    pipefull[CTL_CMD_QUEUE_DEPTH-2] <= wreq_to_fifo & pipefull[CTL_CMD_QUEUE_DEPTH-1];
                end
                else if (cmd_flush[2] & !fetch) begin  
                    for(j=0; j<CTL_CMD_QUEUE_DEPTH-3; j=j+1) begin
                        if(pipefull[j+3] == 1'b0 & pipefull[j+2] == 1'b1)
                            pipefull[j] <= wreq_to_fifo;
                        else
                            pipefull[j] <= pipefull[j+3];
                    end
                    pipefull[CTL_CMD_QUEUE_DEPTH-1] <= 1'b0;
                    pipefull[CTL_CMD_QUEUE_DEPTH-2] <= 1'b0;
                    pipefull[CTL_CMD_QUEUE_DEPTH-3] <= wreq_to_fifo & pipefull[CTL_CMD_QUEUE_DEPTH-1];
                end
                else if (valid_rreq) begin                    // fetch only
                    for(j=0; j<CTL_CMD_QUEUE_DEPTH-1; j=j+1) begin
                        if(pipefull[j] == 1'b1 & pipefull[j+1] == 1'b0)
                            pipefull[j] <= wreq_to_fifo;
                        else
                            pipefull[j] <= pipefull[j+1];
                    end
                    pipefull[CTL_CMD_QUEUE_DEPTH-1] <= pipefull[CTL_CMD_QUEUE_DEPTH-1] & wreq_to_fifo;
                end
                else if (wreq_to_fifo & !fetch & !cmd_flush[0] & !cmd_flush[1] & !cmd_flush[2]) begin   // write only
                    for(j=1; j<CTL_CMD_QUEUE_DEPTH; j=j+1) begin
                        if(pipefull[j-1] == 1'b1 & pipefull[j] == 1'b0)
                            pipefull[j] <= 1'b1;
                    end
                    if(pipefull[0] == 1'b0)
                        pipefull[0] <= 1'b1;
                end 
        end
        
        //pipe register chain
        always @(posedge ctl_clk or negedge ctl_reset_n) begin
        if (!ctl_reset_n) begin
            for(j=0; j<CTL_CMD_QUEUE_DEPTH; j=j+1) begin
                pipe[j] <= 0;
            end
        end
        else 
            if (cmd_flush[0] & fetch) begin   
                for(j=0; j<CTL_CMD_QUEUE_DEPTH-2; j=j+1) begin
                    if(pipefull[j+2] == 1'b0 & pipefull[j+1] == 1'b1)
                        pipe[j] <= buffer_input;
                    else
                        pipe[j] <= pipe[j+2];
                end
                pipe[CTL_CMD_QUEUE_DEPTH-1] <= pipe[CTL_CMD_QUEUE_DEPTH-1];
                if(pipefull[CTL_CMD_QUEUE_DEPTH-1] == 1'b1)
                    pipe[CTL_CMD_QUEUE_DEPTH-2] <= buffer_input;
            end 
            else if (cmd_flush[1] & fetch) begin  
                for(j=0; j<CTL_CMD_QUEUE_DEPTH-3; j=j+1) begin
                    if(pipefull[j+3] == 1'b0 & pipefull[j+2] == 1'b1)
                        pipe[j] <= buffer_input;
                    else
                        pipe[j] <= pipe[j+3];
                end
                pipe[CTL_CMD_QUEUE_DEPTH-1] <= pipe[CTL_CMD_QUEUE_DEPTH-1];
                pipe[CTL_CMD_QUEUE_DEPTH-2] <= pipe[CTL_CMD_QUEUE_DEPTH-2];
                if(pipefull[CTL_CMD_QUEUE_DEPTH-1] == 1'b1)
                    pipe[CTL_CMD_QUEUE_DEPTH-3] <= buffer_input;
            end
            else if (cmd_flush[2] & fetch) begin  
                for(j=0; j<CTL_CMD_QUEUE_DEPTH-4; j=j+1) begin
                    if(pipefull[j+4] == 1'b0 & pipefull[j+3] == 1'b1)
                        pipe[j] <= buffer_input;
                    else
                        pipe[j] <= pipe[j+4];
                end
                pipe[CTL_CMD_QUEUE_DEPTH-1] <= pipe[CTL_CMD_QUEUE_DEPTH-1];
                pipe[CTL_CMD_QUEUE_DEPTH-2] <= pipe[CTL_CMD_QUEUE_DEPTH-2];
                pipe[CTL_CMD_QUEUE_DEPTH-3] <= pipe[CTL_CMD_QUEUE_DEPTH-3];
                if(pipefull[CTL_CMD_QUEUE_DEPTH-1] == 1'b1)
                    pipe[CTL_CMD_QUEUE_DEPTH-4] <= buffer_input;
            end
            else if (cmd_flush[0] & !fetch) begin   
                for(j=0; j<CTL_CMD_QUEUE_DEPTH-1; j=j+1) begin
                    if(pipefull[j+1] == 1'b0 & pipefull[j] == 1'b1)
                        pipe[j] <= buffer_input;
                    else
                        pipe[j] <= pipe[j+1];
                end
                if(pipefull[CTL_CMD_QUEUE_DEPTH-1] == 1'b1)
                    pipe[CTL_CMD_QUEUE_DEPTH-1] <= buffer_input;
            end 
            else if (cmd_flush[1] & !fetch) begin  
                for(j=0; j<CTL_CMD_QUEUE_DEPTH-2; j=j+1) begin
                    if(pipefull[j+2] == 1'b0 & pipefull[j+1] == 1'b1)
                        pipe[j] <= buffer_input;
                    else
                        pipe[j] <= pipe[j+2];
                end
                pipe[CTL_CMD_QUEUE_DEPTH-1] <= pipe[CTL_CMD_QUEUE_DEPTH-1];
                if(pipefull[CTL_CMD_QUEUE_DEPTH-1] == 1'b1)
                    pipe[CTL_CMD_QUEUE_DEPTH-2] <= buffer_input;
            end
            else if (cmd_flush[2] & !fetch) begin  
                for(j=0; j<CTL_CMD_QUEUE_DEPTH-3; j=j+1) begin
                    if(pipefull[j+3] == 1'b0 & pipefull[j+2] == 1'b1)
                        pipe[j] <= buffer_input;
                    else
                        pipe[j] <= pipe[j+3];
                end
                pipe[CTL_CMD_QUEUE_DEPTH-1] <= pipe[CTL_CMD_QUEUE_DEPTH-1];
                pipe[CTL_CMD_QUEUE_DEPTH-2] <= pipe[CTL_CMD_QUEUE_DEPTH-2];
                if(pipefull[CTL_CMD_QUEUE_DEPTH-1] == 1'b1)
                    pipe[CTL_CMD_QUEUE_DEPTH-3] <= buffer_input;
            end
            else if (valid_rreq) begin                    // fetch only
                for(j=0; j<CTL_CMD_QUEUE_DEPTH-1; j=j+1) begin
                    if(pipefull[j] == 1'b1 & pipefull[j+1] == 1'b0) begin
                        pipe[j] <= buffer_input;
                    end
                    else begin
                        pipe[j] <= pipe[j+1];
                    end
                end
                pipe[CTL_CMD_QUEUE_DEPTH-1] <= pipe[CTL_CMD_QUEUE_DEPTH-1] & buffer_input;
            end
            else if (wreq_to_fifo & !fetch & !cmd_flush[0] & !cmd_flush[1] & !cmd_flush[2]) begin         
                for(j=1; j<CTL_CMD_QUEUE_DEPTH; j=j+1) begin
                    if(pipefull[j-1] == 1'b1 & pipefull[j] == 1'b0)
                        pipe[j] <= buffer_input;
                end
                if(pipefull[0] == 1'b0)
                    pipe[0] <= buffer_input;
            end 
       end
    end
    else begin                                  // for CTL_CMD_QUEUE_DEPTH == 4
        //pipefull register chain
        always @(posedge ctl_clk or negedge ctl_reset_n) begin
            if (!ctl_reset_n) begin
                for(j=0; j<CTL_CMD_QUEUE_DEPTH; j=j+1'b1) begin
                    pipefull[j] <= 1'b0;
                end
            end
            else 
                if (cmd_flush[0] & fetch) begin   
                    for(j=0; j<CTL_CMD_QUEUE_DEPTH-2; j=j+1'b1) begin
                        if(pipefull[j+2] == 1'b0 & pipefull[j+1] == 1'b1)
                            pipefull[j] <= wreq_to_fifo;
                        else
                            pipefull[j] <= pipefull[j+2];
                    end
                    pipefull[CTL_CMD_QUEUE_DEPTH-1] <= 1'b0;
                    pipefull[CTL_CMD_QUEUE_DEPTH-2] <= wreq_to_fifo & pipefull[CTL_CMD_QUEUE_DEPTH-1];
                end 
                else if (cmd_flush[1] & fetch) begin  
                    for(j=0; j<CTL_CMD_QUEUE_DEPTH-3; j=j+1'b1) begin
                        if(pipefull[j+3] == 1'b0 & pipefull[j+2] == 1'b1)
                            pipefull[j] <= wreq_to_fifo;
                        else
                            pipefull[j] <= pipefull[j+3];
                    end
                    pipefull[CTL_CMD_QUEUE_DEPTH-1] <= 1'b0;
                    pipefull[CTL_CMD_QUEUE_DEPTH-2] <= 1'b0;
                    pipefull[CTL_CMD_QUEUE_DEPTH-3] <= wreq_to_fifo & pipefull[CTL_CMD_QUEUE_DEPTH-1];
                end
                else if (cmd_flush[2] & fetch) begin  
                    pipefull[CTL_CMD_QUEUE_DEPTH-1] <= 1'b0;
                    pipefull[CTL_CMD_QUEUE_DEPTH-2] <= 1'b0;
                    pipefull[CTL_CMD_QUEUE_DEPTH-3] <= 1'b0;
                    pipefull[CTL_CMD_QUEUE_DEPTH-4] <= wreq_to_fifo; 
                end
                else if (cmd_flush[0] & !fetch) begin   
                    for(j=0; j<CTL_CMD_QUEUE_DEPTH-1; j=j+1) begin
                        if(pipefull[j+1] == 1'b0 & pipefull[j] == 1'b1)
                            pipefull[j] <= wreq_to_fifo;
                        else
                            pipefull[j] <= pipefull[j+1];
                    end
                    pipefull[CTL_CMD_QUEUE_DEPTH-1] <= wreq_to_fifo & pipefull[CTL_CMD_QUEUE_DEPTH-1];
                end 
                else if (cmd_flush[1] & !fetch) begin  
                    for(j=0; j<CTL_CMD_QUEUE_DEPTH-2; j=j+1) begin
                        if(pipefull[j+2] == 1'b0 & pipefull[j+1] == 1'b1)
                            pipefull[j] <= wreq_to_fifo;
                        else
                            pipefull[j] <= pipefull[j+2];
                    end
                    pipefull[CTL_CMD_QUEUE_DEPTH-1] <= 1'b0;
                    pipefull[CTL_CMD_QUEUE_DEPTH-2] <= wreq_to_fifo & pipefull[CTL_CMD_QUEUE_DEPTH-1];
                end
                else if (cmd_flush[2] & !fetch) begin  
                    for(j=0; j<CTL_CMD_QUEUE_DEPTH-3; j=j+1) begin
                        if(pipefull[j+3] == 1'b0 & pipefull[j+2] == 1'b1)
                            pipefull[j] <= wreq_to_fifo;
                        else
                            pipefull[j] <= pipefull[j+3];
                    end
                    pipefull[CTL_CMD_QUEUE_DEPTH-1] <= 1'b0;
                    pipefull[CTL_CMD_QUEUE_DEPTH-2] <= 1'b0;
                    pipefull[CTL_CMD_QUEUE_DEPTH-3] <= wreq_to_fifo & pipefull[CTL_CMD_QUEUE_DEPTH-1];
                end
                else if (valid_rreq) begin                    // fetch only
                    for(j=0; j<CTL_CMD_QUEUE_DEPTH-1; j=j+1'b1) begin
                        if(pipefull[j] == 1'b1 & pipefull[j+1] == 1'b0)
                            pipefull[j] <= wreq_to_fifo;
                        else
                            pipefull[j] <= pipefull[j+1];
                    end
                    pipefull[CTL_CMD_QUEUE_DEPTH-1] <= pipefull[CTL_CMD_QUEUE_DEPTH-1] & wreq_to_fifo;
                end
                else if (wreq_to_fifo & !fetch & !cmd_flush[0] & !cmd_flush[1] & !cmd_flush[2]) begin    // write only
                    for(j=1; j<CTL_CMD_QUEUE_DEPTH; j=j+1'b1) begin
                        if(pipefull[j-1] == 1'b1 & pipefull[j] == 1'b0)
                            pipefull[j] <= 1'b1;
                    end
                    if(pipefull[0] == 1'b0)
                        pipefull[0] <= 1'b1;
                end 
        end
        
        //pipe register chain
        always @(posedge ctl_clk or negedge ctl_reset_n) begin
            if (!ctl_reset_n) begin
                for(j=0; j<CTL_CMD_QUEUE_DEPTH; j=j+1'b1) begin
                    pipe[j] <= 0;
                end
            end
            else 
                if (cmd_flush[0] & fetch) begin   
                    for(j=0; j<CTL_CMD_QUEUE_DEPTH-2; j=j+1'b1) begin
                        if(pipefull[j+2] == 1'b0 & pipefull[j+1] == 1'b1)
                            pipe[j] <= buffer_input;
                        else
                            pipe[j] <= pipe[j+2];
                    end
                    pipe[CTL_CMD_QUEUE_DEPTH-1] <= 0;
                    if(pipefull[CTL_CMD_QUEUE_DEPTH-1] == 1'b1)
                        pipe[CTL_CMD_QUEUE_DEPTH-2] <= buffer_input;
                end 
                else if (cmd_flush[1] & fetch) begin  
                    for(j=0; j<CTL_CMD_QUEUE_DEPTH-3; j=j+1'b1) begin
                        if(pipefull[j+3] == 1'b0 & pipefull[j+2] == 1'b1)
                            pipe[j] <= buffer_input;
                        else
                            pipe[j] <= pipe[j+3];
                    end
                    pipe[CTL_CMD_QUEUE_DEPTH-1] <= pipe[CTL_CMD_QUEUE_DEPTH-1];
                    pipe[CTL_CMD_QUEUE_DEPTH-2] <= pipe[CTL_CMD_QUEUE_DEPTH-2];
                    if(pipefull[CTL_CMD_QUEUE_DEPTH-1] == 1'b1)
                        pipe[CTL_CMD_QUEUE_DEPTH-3] <= buffer_input;
                end
                else if (cmd_flush[2] & fetch) begin  
                    pipe[CTL_CMD_QUEUE_DEPTH-1] <= pipe[CTL_CMD_QUEUE_DEPTH-1];
                    pipe[CTL_CMD_QUEUE_DEPTH-2] <= pipe[CTL_CMD_QUEUE_DEPTH-2];
                    pipe[CTL_CMD_QUEUE_DEPTH-3] <= pipe[CTL_CMD_QUEUE_DEPTH-3];
                    pipe[CTL_CMD_QUEUE_DEPTH-4] <= buffer_input;
                end
                else if (cmd_flush[0] & !fetch) begin   
                    for(j=0; j<CTL_CMD_QUEUE_DEPTH-1; j=j+1) begin
                        if(pipefull[j+1] == 1'b0 & pipefull[j] == 1'b1)
                            pipe[j] <= buffer_input;
                        else
                            pipe[j] <= pipe[j+1];
                    end
                    if(pipefull[CTL_CMD_QUEUE_DEPTH-1] == 1'b1)
                        pipe[CTL_CMD_QUEUE_DEPTH-1] <= buffer_input;
                end 
                else if (cmd_flush[1] & !fetch) begin  
                    for(j=0; j<CTL_CMD_QUEUE_DEPTH-2; j=j+1) begin
                        if(pipefull[j+2] == 1'b0 & pipefull[j+1] == 1'b1)
                            pipe[j] <= buffer_input;
                        else
                            pipe[j] <= pipe[j+2];
                    end
                    pipe[CTL_CMD_QUEUE_DEPTH-1] <= pipe[CTL_CMD_QUEUE_DEPTH-1];
                    if(pipefull[CTL_CMD_QUEUE_DEPTH-1] == 1'b1)
                        pipe[CTL_CMD_QUEUE_DEPTH-2] <= buffer_input;
                end
                else if (cmd_flush[2] & !fetch) begin  
                    for(j=0; j<CTL_CMD_QUEUE_DEPTH-3; j=j+1) begin
                        if(pipefull[j+3] == 1'b0 & pipefull[j+2] == 1'b1)
                            pipe[j] <= buffer_input;
                        else
                            pipe[j] <= pipe[j+3];
                    end
                    pipe[CTL_CMD_QUEUE_DEPTH-1] <= pipe[CTL_CMD_QUEUE_DEPTH-1];
                    pipe[CTL_CMD_QUEUE_DEPTH-2] <= pipe[CTL_CMD_QUEUE_DEPTH-2];
                    if(pipefull[CTL_CMD_QUEUE_DEPTH-1] == 1'b1)
                        pipe[CTL_CMD_QUEUE_DEPTH-3] <= buffer_input;
                end
                else if (valid_rreq) begin                    // fetch only
                    for(j=0; j<CTL_CMD_QUEUE_DEPTH-1; j=j+1'b1) begin
                        if(pipefull[j] == 1'b1 & pipefull[j+1] == 1'b0) begin
                            pipe[j] <= buffer_input;
                        end
                        else begin
                            pipe[j] <= pipe[j+1];
                        end
                    end
                    pipe[CTL_CMD_QUEUE_DEPTH-1] <= pipe[CTL_CMD_QUEUE_DEPTH-1] & buffer_input;
                end
                else if (wreq_to_fifo & !fetch & !cmd_flush[0] & !cmd_flush[1] & !cmd_flush[2]) begin         
                    for(j=1; j<CTL_CMD_QUEUE_DEPTH; j=j+1'b1) begin
                        if(pipefull[j-1] == 1'b1 & pipefull[j] == 1'b0)
                            pipe[j] <= buffer_input;
                    end
                    if(pipefull[0] == 1'b0)
                        pipe[0] <= buffer_input;
                end 
           end
    end
    endgenerate
    
//============================    end of queue    ===============================  

    function integer log2;  //constant function
           input integer value;
           begin
               for (log2=0; value>0; log2=log2+1)
                   value = value>>1;
               log2 = log2 - 1;
           end
    endfunction
    
endmodule